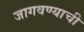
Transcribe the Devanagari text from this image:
जागवण्याची